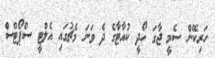
ހަރިކޭން ސެމީ ޖާގަ ހޯދީ ކުއާޓާގެ ދެ ވަނަ މެޗުގައި އެލްޓީ ސްޕޯޓްސް